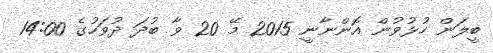
ބީލަން ހުޅުވުން އޮންނާނީ 2015 މޭ 20 ވާ ބުދަ ދުވަހުގެ 14:00